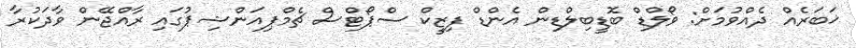
ޚަބަރެއް ދެއްވުމަށް: ވޯލްޑް ބޮޑީބިލްޑިން އެންޑް ފިޒީކް ސްޕޯޓްސް ޗެމްޕިއަންޝިޕުގައި ރާއްޖޭން ވާދަކުރާ